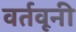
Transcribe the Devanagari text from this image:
वर्तवूनी